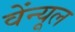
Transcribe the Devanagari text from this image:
वेंन्यूल